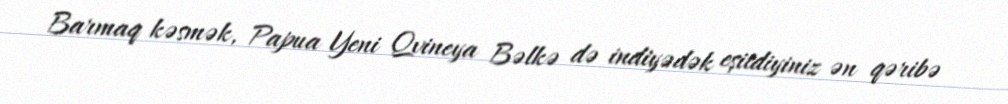
Barmaq kəsmək, Papua Yeni Qvineya Bəlkə də indiyədək eşitdiyiniz ən qəribə